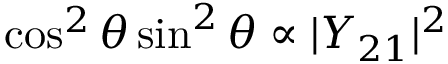
\cos ^ { 2 } \theta \sin ^ { 2 } \theta \propto | Y _ { 2 1 } | ^ { 2 }